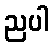
ညပါ